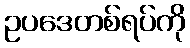
ဥပဒေတစ်ရပ်ကို